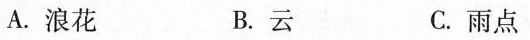
A.浪花 B. 云 C.雨点